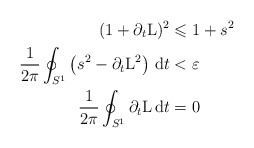
\begin{align*}(1+\partial_t\mathrm L)^2 & \leqslant 1+s^2\\\frac{1}{2\pi}\oint_{S^1}\left(s^2-\partial_t\mathrm L^2\right)\,\mathrm dt & <\varepsilon\\\frac{1}{2\pi}\oint_{S^1}\partial_t\mathrm L\,\mathrm dt & = 0\end{align*}